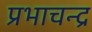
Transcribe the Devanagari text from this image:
प्रभाचन्द्र